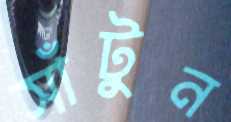
সাঁটুন